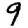
Digit: 9